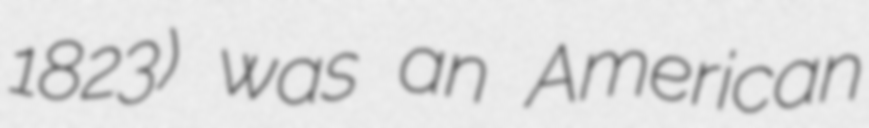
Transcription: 1823) was an American